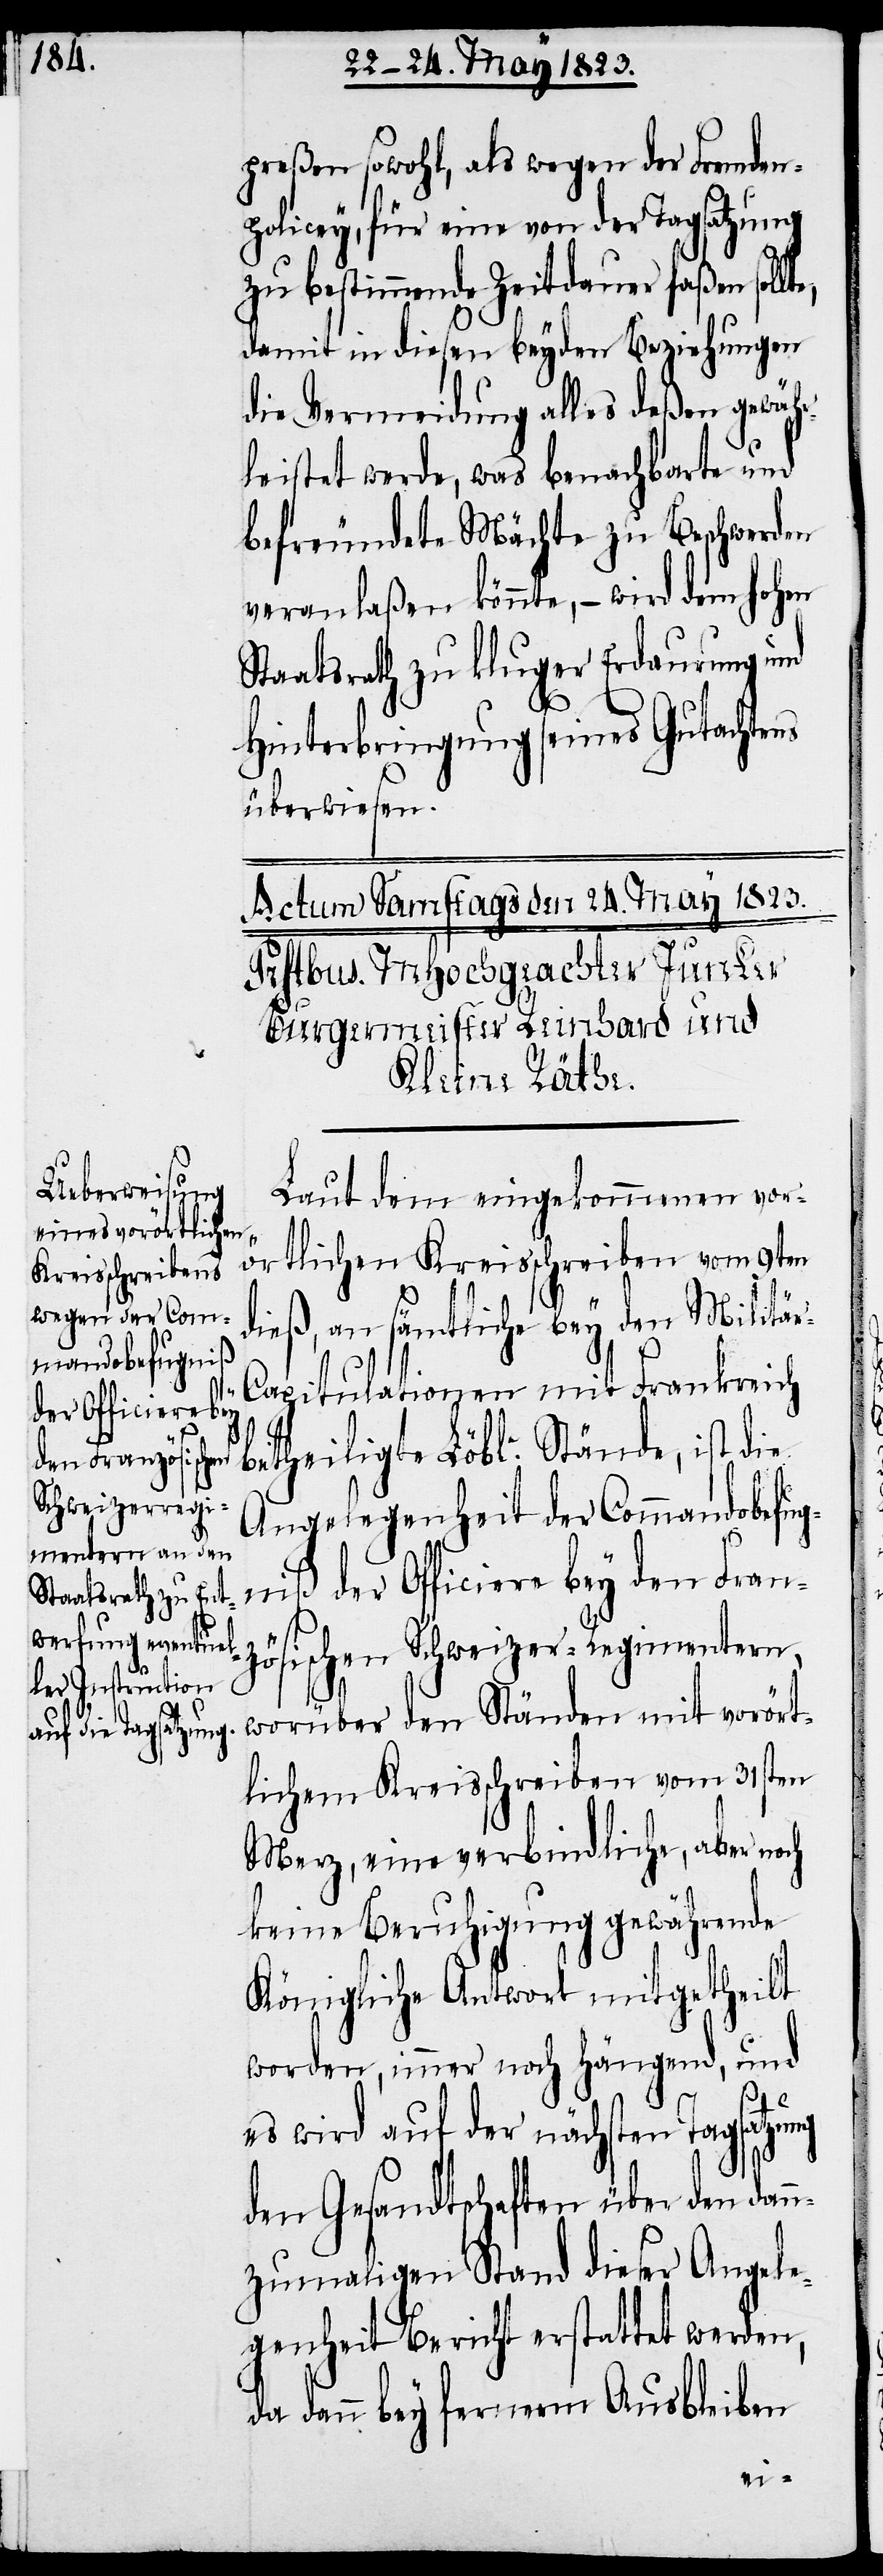
preßen sowohl, als wegen der Fremden¬
policey, für eine von der Tagsatzung
zu bestimmende Zeitdauer faßen soll¬
damit in diesen beyden Beziehungen
die Vermeidung alles deßen gewäh¬
rleistet werde, was benachbarte und
befreundete Mächte zu Beschwerden
veranlaßen könnte, – wird dem hohen
Staatsrath zu kluger Erdaurung und
Hinterbringung seines Gutachtens
überwiesen.
Laut dem eingekommenen vor¬
örtlichen Kreisschreiben vom 9ten
te,
dieß, an sämtliche bey den Militä¬
r-Capitulationen mit Frankreich
betheiligte Löble. Stände, ist die
Angelegenheit der Commandobefug¬
niß der Officiere bey den Fran¬
zösischen Schweizer-Regimentern,
worüber den Ständen mit vorört¬
lichem Kreisschreiben vom 31sten
Merz, eine verbindliche, aber noch
keine Beruhigung gewährende
Königliche Antwort mitgetheilt
worden, immer noch hängend, und
es wird auf der nächsten Tagsatzung
den Gesandtschaften über den dan¬
nzumaligen Stand dieser Angele¬
genheit Bericht erstattet werden,
da dann bey fernerm Ausbleiben